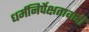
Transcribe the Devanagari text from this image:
धर्मनिर्पेक्षतावादी